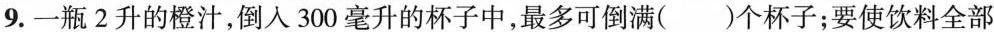
9. 一瓶2升的橙汁，倒入300毫升的杯子中，最多可倒满( )个杯子；要使饮料全部